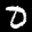
Label: 0